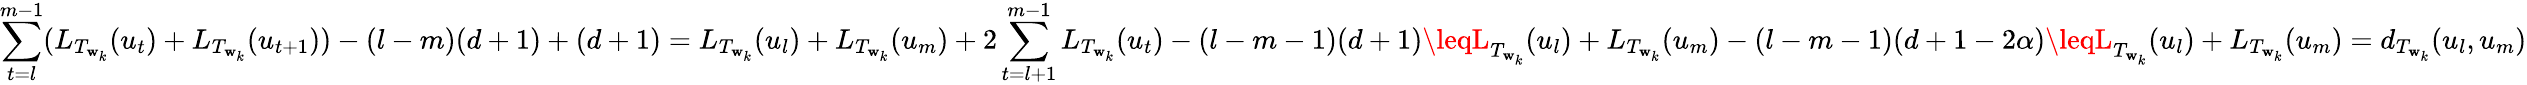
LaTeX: \sum_{t=l}^{m-1}(L_{T_{\mathbf{w}_{k}}}(u_{t})+L_{T_{\mathbf{w}_{k}}}(u_{t+1}))-(l-m)(d+1)+(d+1)=L_{T_{\mathbf{w}_{k}}}(u_{l})+L_{T_{\mathbf{w}_{k}}}(u_{m})+2\sum_{t=l+1}^{m-1}L_{T_{\mathbf{w}_{k}}}(u_{t})-(l-m-1)(d+1)\leqL_{T_{\mathbf{w}_{k}}}(u_{l})+L_{T_{\mathbf{w}_{k}}}(u_{m})-(l-m-1)(d+1-2\alpha)\leqL_{T_{\mathbf{w}_{k}}}(u_{l})+L_{T_{\mathbf{w}_{k}}}(u_{m})=d_{T_{\mathbf{w}_{k}}}(u_{l},u_{m})